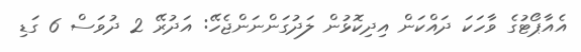
އެއާޕޯޓުގެ ވާހަކަ ދައްކަން އިދިކޮޅުން ލަދުގަންނަންޖެހޭ: އަދުރޭ 2 ދުވަސް 6 ގަޑި